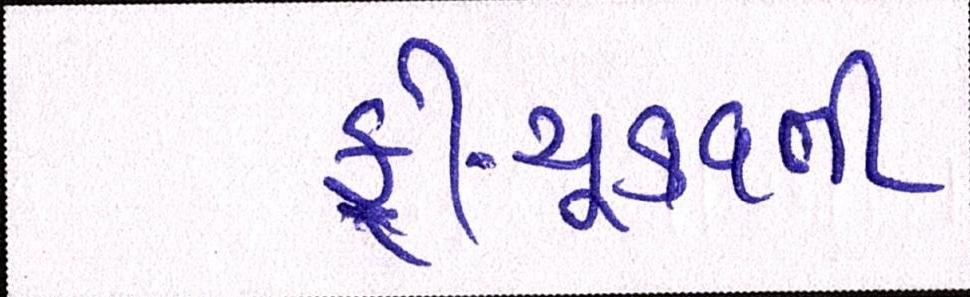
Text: ફી-ચૂકવતી